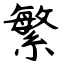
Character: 繁